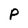
Character: P